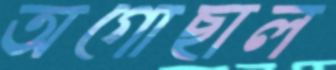
অগোছাল